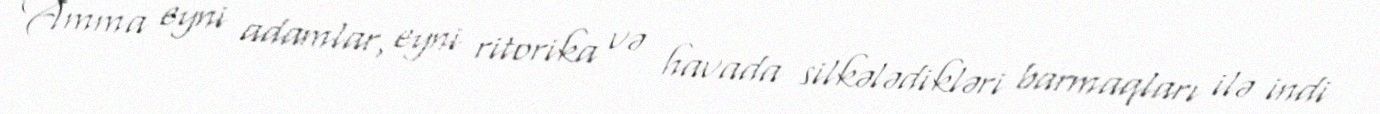
Amma eyni adamlar, eyni ritorika və havada silkələdikləri barmaqları ilə indi